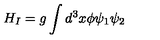
H _ { I } = g \int { d ^ { 3 } x \phi \psi _ { 1 } \psi _ { 2 } }